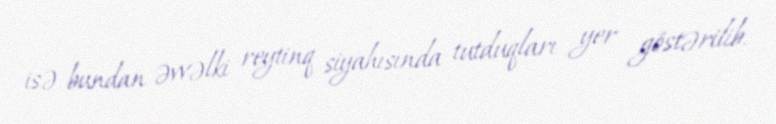
isə bundan əvvəlki reytinq siyahısında tutduqları yer göstərilib.